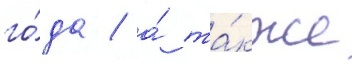
го́да / а́ та́кже